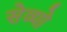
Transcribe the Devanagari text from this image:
सेव्यो